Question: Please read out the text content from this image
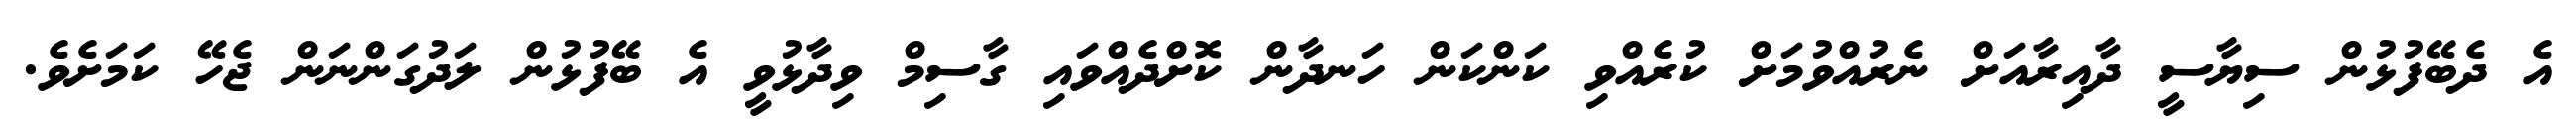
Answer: އެ ދެބޭފުޅުން ސިޔާސީ ދާއިރާއަށް ނެރުއްވުމަށް ކުރެއްވި ކަންކަން ހަނދާން ކޮށްދެއްވައި ގާސިމް ވިދާޅުވީ އެ ބޭފުޅުން ލަދުގަންނަން ޖެހޭ ކަމަށެވެ.